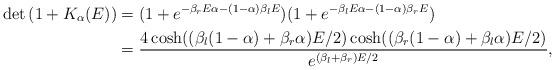
LaTeX: \begin{align*}\det \left( 1 + K_{\alpha} (E) \right) &= ( 1 + e^{ - \beta_r E \alpha - (1 - \alpha ) \beta_l E } ) ( 1 + e^{ - \beta_l E \alpha - (1 - \alpha ) \beta_r E } ) \\&= \frac{ 4 \cosh ( ( \beta_l ( 1 - \alpha ) + \beta_r \alpha ) E /2 ) \cosh ( ( \beta_r ( 1 - \alpha ) + \beta_l \alpha )E /2 ) } { e^{ ( \beta_l + \beta_r ) E /2 }} ,\end{align*}